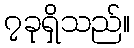
၇ခုရှိသည်။